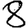
Digit: 8